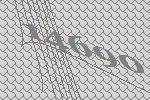
14690